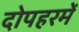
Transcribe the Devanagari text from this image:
दोपहरमें